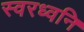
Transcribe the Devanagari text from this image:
स्वरध्वनि